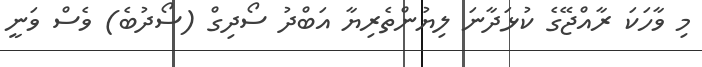
މި ވާހަކަ ރާއްޖޭގެ ކުޅަދާނަ ލިޔުންތެރިޔާ އަބްދު ސޯދިގް (ސޯދުބެ) ވެސް ވަނީ